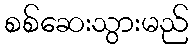
စစ်ဆေးသွားမည်